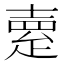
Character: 𤴞